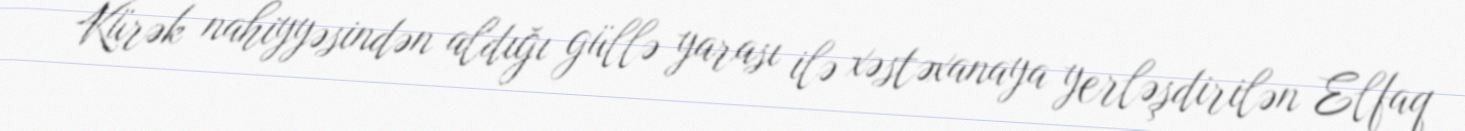
Kürək nahiyyəsindən aldığı güllə yarası ilə xəstəxanaya yerləşdirilən Elfaq